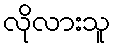
လိုလားသူ